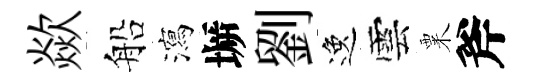
歘船瀉󶱲劉逸雲粟斧